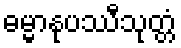
ဓမ္မာနုပဿီသုတ္တံ